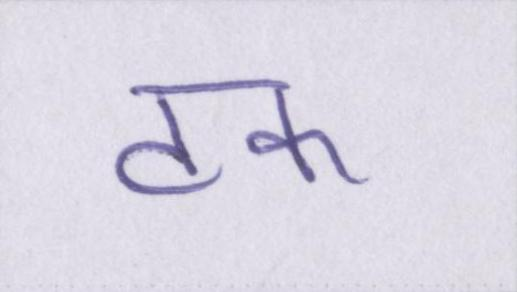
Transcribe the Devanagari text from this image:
टक